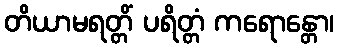
တိယာမရတ္တိံ ပရိတ္တံ ကရောန္တော၊